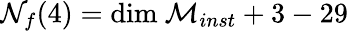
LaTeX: {\cal N}_{f}(4)=\mathrm{dim}\ {\cal M}_{inst}+3-29